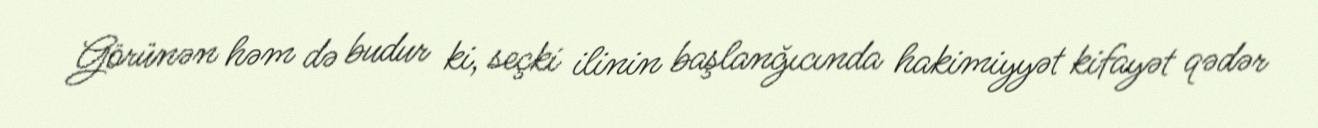
Görünən həm də budur ki, seçki ilinin başlanğıcında hakimiyyət kifayət qədər